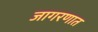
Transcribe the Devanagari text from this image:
जागरणात